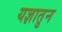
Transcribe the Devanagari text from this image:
यज्ञातुन